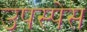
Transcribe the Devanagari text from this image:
उपस्पेस